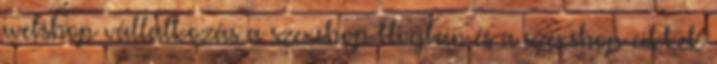
webshop vállalkozás a szexshop blogban és a szexshop cikkek